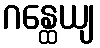
ဂန္ထေယျ